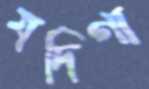
যদিগা